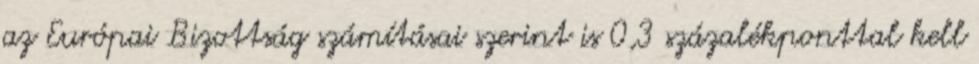
az Európai Bizottság számításai szerint is 0,3 százalékponttal kell